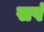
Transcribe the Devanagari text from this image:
सपं